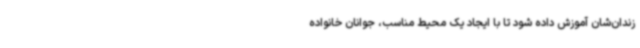
زندان‌شان آموزش داده‌ شود تا با ایجاد یک محیط مناسب، جوانان خانواده